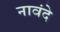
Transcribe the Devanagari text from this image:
नावंदे